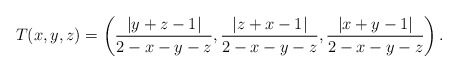
\begin{align*}T(x,y,z) = \left(\frac{|y+z-1|}{2-x-y-z},\frac{|z+x-1|}{2-x-y-z},\frac{|x+y-1|}{2-x-y-z}\right).\end{align*}